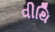
વીથિ